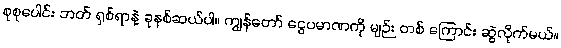
စုစုပေါင်း ဘတ် ရှစ်ရာနဲ့ ခုနစ်ဆယ်ပါ။ ကျွန်တော် ငွေပမာဏကို မျဉ်း တစ် ကြောင်း ဆွဲလိုက်မယ်။